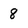
Character: 8